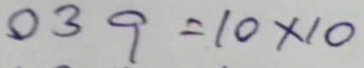
039 = 10 x 10